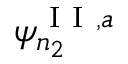
\psi _ { n _ { 2 } } ^ { \mathrm { ~ I ~ I ~ } , a }